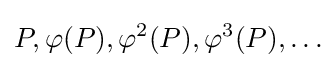
P,\varphi (P),\varphi ^{2}(P),\varphi ^{3}(P),\ldots